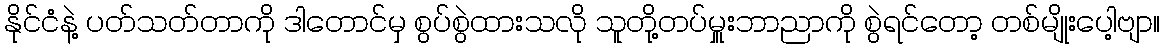
နိုင်ငံနဲ့ ပတ်သတ်တာကို ဒါတောင်မှ စွပ်စွဲထားသလို သူတို့တပ်မှူးဘာညာကို စွဲရင်တော့ တစ်မျိုးပေါ့ဗျာ။